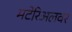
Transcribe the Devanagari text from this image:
मटेरिअलवर